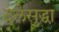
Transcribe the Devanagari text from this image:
दलेसुद्धा